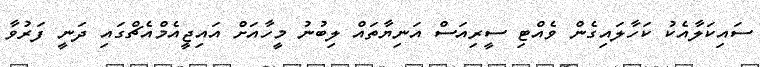
ސައިކަލާއެކު ކަހާލައިގެން ވެއްޓި ސީރިއަސް އަނިޔާތައް ލިބުނު މީހާއަށް އައިޖީއެމްއެޗްގައި ދަނީ ފަރުވާ